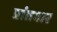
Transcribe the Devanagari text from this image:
प्रांतवार